Newspaper: Cedar Falls gazette. [volume]
Place of publication: Cedar Falls, Iowa
Publisher: H.A. & G.D. Perkins
Date: 1865-05-19 00:00:00
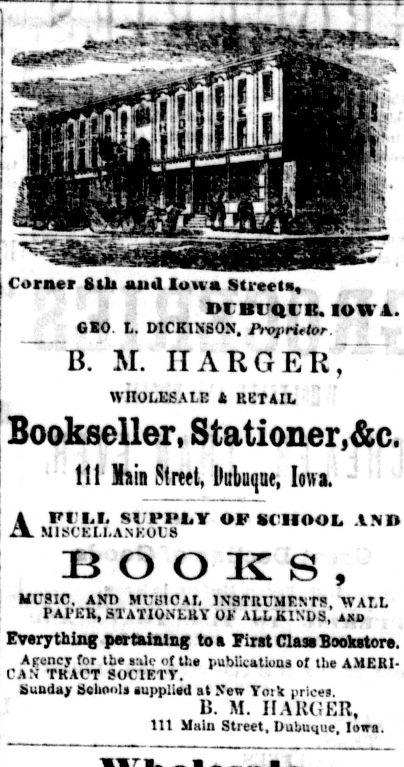
Advertisement text (OCR):
Corner Silt una luuu Stieet», •BO. t. DICKINSON A X&i&jglfiX*1' ».-» O O K S MUSIC, AND MVH1C AL INSTRUMENT*, WAIL PAPER, STATIONERY OK ALL KINDS, *ap everything pertaining to a First Class •it* iucriif 1I BIQIK, lyy 1 I I A E WHOLESALE A RETAIL Bookseller, Stationer, HI Main Street, Hubuquf, lows. Bookstore. Atvncy f' the «-tie of tl.« publications of the AMERI CA TKACT SOCIETY. fcuudaj 6clioi.ii .uppiiea at New Yoti prices. B. M. If A Kt! KR, til Main Street, Dubuque, Iftirt UBOS. Proprt*tor- n n Ti '•'"1
Label: illustrations